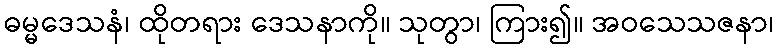
ဓမ္မဒေသနံ၊ ထိုတရား ဒေသနာကို။ သုတွာ၊ ကြား၍။ အဝသေသဇနာ၊